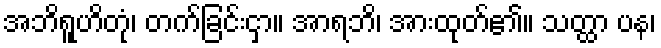
အဘိရူဟိတုံ၊ တက်ခြင်းငှာ။ အာရဘိ၊ အားထုတ်၏။ သတ္ထာ ပန၊